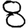
Digit: 8